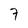
Character: 7